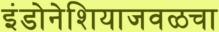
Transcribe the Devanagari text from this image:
इंडोनेशियाजवळचा